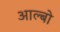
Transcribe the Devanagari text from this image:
आल्बो